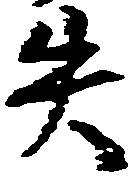
失